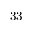
3 3